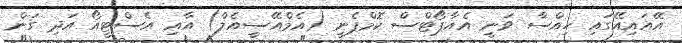
އޭއައިއޭގައި ހިއްސާ ވަނީ އެއާޕޯޓްސް ކޮމްޕެނީ (އެމްއޭސީއެލް) އާއި އެސްޓީއޯ އަދި ގަން